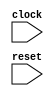
module SIntTest1Tester(
  input   clock,
  input   reset
);
`ifdef RANDOMIZE_REG_INIT
  reg [31:0] _RAND_0;
`endif // RANDOMIZE_REG_INIT
  reg [3:0] value; // @[Counter.scala 17:33]
  wire  done = value == 4'ha; // @[Counter.scala 25:24]
  wire [3:0] _T_9 = value + 4'h1; // @[Counter.scala 26:22]
  wire  _T_12 = ~reset; // @[CookbookSpec.scala 19:21]
  always @(posedge clock) begin
    if (reset) begin // @[Counter.scala 17:33]
      value <= 4'h0; // @[Counter.scala 17:33]
    end else if (done) begin // @[Counter.scala 28:21]
      value <= 4'h0; // @[Counter.scala 28:29]
    end else begin
      value <= _T_9; // @[Counter.scala 26:13]
    end
    `ifndef SYNTHESIS
    `ifdef STOP_COND
      if (`STOP_COND) begin
    `endif
        if (done & ~reset) begin
          $finish; // @[CookbookSpec.scala 19:21]
        end
    `ifdef STOP_COND
      end
    `endif
    `endif // SYNTHESIS
    `ifndef SYNTHESIS
    `ifdef STOP_COND
      if (`STOP_COND) begin
    `endif
        if (_T_12) begin
          $finish; // @[IntervalSpec.scala 78:7]
        end
    `ifdef STOP_COND
      end
    `endif
    `endif // SYNTHESIS
  end
// Register and memory initialization
`ifdef RANDOMIZE_GARBAGE_ASSIGN
`define RANDOMIZE
`endif
`ifdef RANDOMIZE_INVALID_ASSIGN
`define RANDOMIZE
`endif
`ifdef RANDOMIZE_REG_INIT
`define RANDOMIZE
`endif
`ifdef RANDOMIZE_MEM_INIT
`define RANDOMIZE
`endif
`ifndef RANDOM
`define RANDOM $random
`endif
`ifdef RANDOMIZE_MEM_INIT
  integer initvar;
`endif
`ifndef SYNTHESIS
`ifdef FIRRTL_BEFORE_INITIAL
`FIRRTL_BEFORE_INITIAL
`endif
initial begin
  `ifdef RANDOMIZE
    `ifdef INIT_RANDOM
      `INIT_RANDOM
    `endif
    `ifndef VERILATOR
      `ifdef RANDOMIZE_DELAY
        #`RANDOMIZE_DELAY begin end
      `else
        #0.002 begin end
      `endif
    `endif
`ifdef RANDOMIZE_REG_INIT
  _RAND_0 = {1{`RANDOM}};
  value = _RAND_0[3:0];
`endif // RANDOMIZE_REG_INIT
  `endif // RANDOMIZE
end // initial
`ifdef FIRRTL_AFTER_INITIAL
`FIRRTL_AFTER_INITIAL
`endif
`endif // SYNTHESIS
endmodule